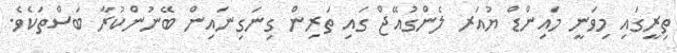
ތިރީގައި މިވަނީ މައިންޑް ޔުއަރ ލެންގުއޭޖް ގައި ތަރިން ގިނަގިނައިން ބޭނުންކުރާ ބަސްތަކެވެ.